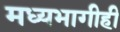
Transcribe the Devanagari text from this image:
मध्यभागीही